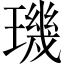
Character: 璣